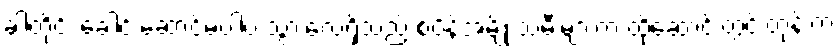
ခါတိုင်း ခေါင်းဆောင်မပါပဲ သွားလေ့ရှိသည့် စပိန်အမျိုးသမီးများက ထိုဆောင်းတွင်းတုန်းက